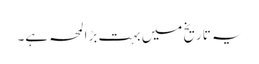
یہ تاریخ میں بہت بڑا لمحہ ہے۔